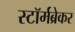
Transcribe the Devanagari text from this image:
स्टॉर्मब्रेकर